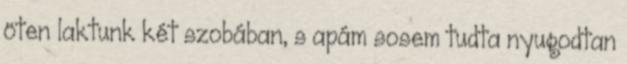
öten laktunk két szobában, s apám sosem tudta nyugodtan